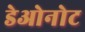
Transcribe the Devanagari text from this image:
डेओनोट